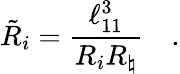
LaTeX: {\tilde{R}}_{i}={\frac{\ell_{11}^{3}}{R_{i}R_{\natural}}}\quad.